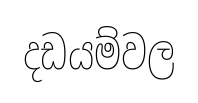
දඩයම්වල